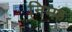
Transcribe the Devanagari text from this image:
निम्फ़